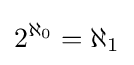
2^{\aleph _{0}}=\aleph _{1}